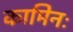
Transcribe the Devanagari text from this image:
कामिनः